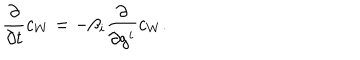
LaTeX: { \frac { \partial } { \partial t } } c _ { W } = - \beta _ { i } { \frac { \partial } { \partial g ^ { i } } } c _ { W } .